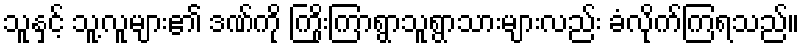
သူနှင့် သူ့လူများ၏ ဒဏ်ကို ကြိုးကြာရွာသူရွာသားများလည်း ခံလိုက်ကြရသည်။